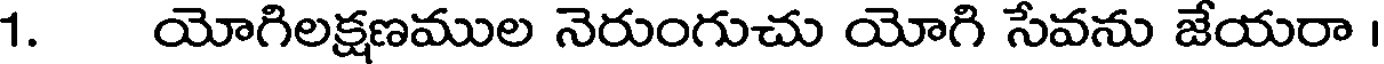
1. యోగిలక్షణముల నెరుంగుచు యోగి సేవను జేయరా